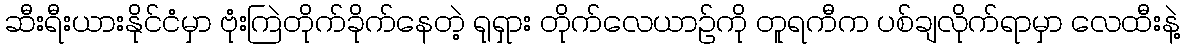
ဆီးရီးယားနိုင်ငံမှာ ဗုံးကြဲတိုက်ခိုက်နေတဲ့ ရုရှား တိုက်လေယာဉ်ကို တူရကီက ပစ်ချလိုက်ရာမှာ လေထီးနဲ့